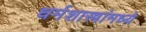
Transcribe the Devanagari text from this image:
धर्मशास्त्रांमध्ये